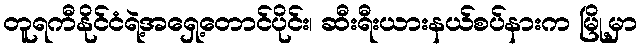
တူရကီနိုင်ငံရဲ့အရှေ့တောင်ပိုင်း၊ ဆီးရီးယားနယ်စပ်နားက မြို့မှာ